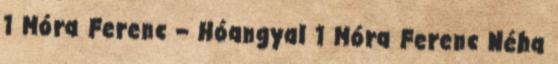
1 Móra Ferenc – Hóangyal 1 Móra Ferenc Néha